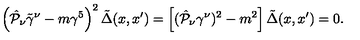
\left( \hat { { \cal P } } _ { \nu } \tilde { \gamma } ^ { \nu } - m \gamma ^ { 5 } \right) ^ { 2 } \tilde { \Delta } ( x , x ^ { \prime } ) = \left[ ( \hat { { \cal P } } _ { \nu } \gamma ^ { \nu } ) ^ { 2 } - m ^ { 2 } \right] \tilde { \Delta } ( x , x ^ { \prime } ) = 0 .